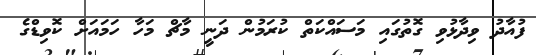
ފުއާދު ވިދާޅުވި ގޮތުގައި މަސައްކަތް ކުރަމުން ދަނީ މާޗް މަހާ ހަމައަށް ކޮވިޑްގެ